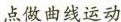
点做曲线运动